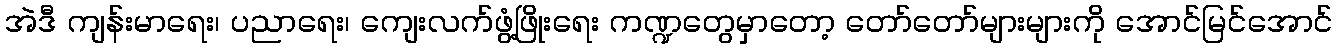
အဲဒီ ကျန်းမာရေး၊ ပညာရေး၊ ကျေးလက်ဖွံ့ဖြိုးရေး ကဏ္ဍတွေမှာတော့ တော်တော်များများကို အောင်မြင်အောင်